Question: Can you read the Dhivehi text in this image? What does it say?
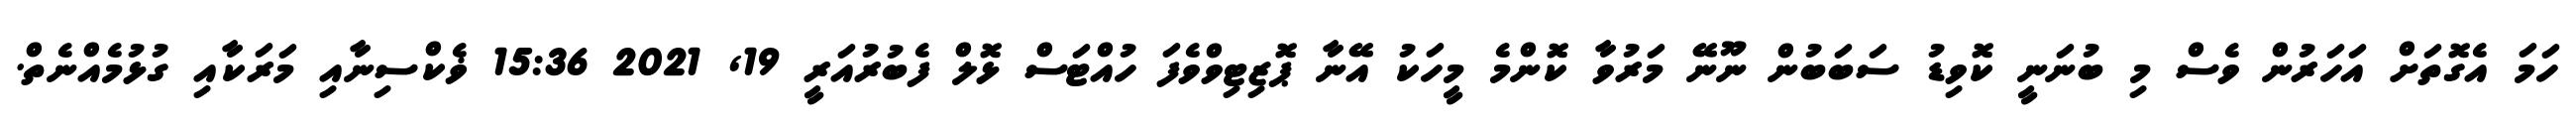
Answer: ހަމަ އެގޮތަށް އަހަރުން ވެސް މި ބުނަނީ ކޮވިޑު ސަބަބުން ނޫނޭ މަރުވާ ކޮންމެ މީހަކު އޭނާ ޕޮޒިޓިވްވެފަ ހުއްޓަސް ޅޮލް ފެބުރުއަރީ 19, 2021 15:36 ޥެކްސިނާއި މަރަކާއި ގުޅުމެއްނެތް.